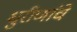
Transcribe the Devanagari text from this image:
धुरीणांचे